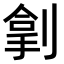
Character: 𫦏